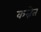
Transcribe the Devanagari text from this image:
कन्नेत